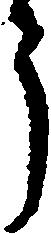
う